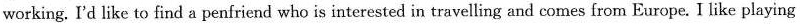
working. I'd like to find a penfriend who is interested in travelling and comes from Europe. I like playing